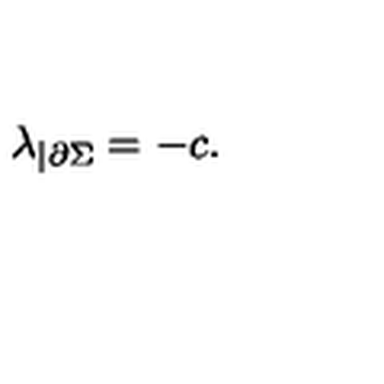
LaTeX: \lambda _ { | \partial \Sigma } = - c .